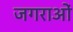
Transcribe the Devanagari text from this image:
जगराओं